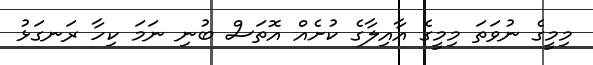
މިމީގެ ނުވަތަ މިމީގެ އާއިލާގެ ކުށެއް އޮތަސް ބުނި ނަމަ ކިހާ ރަނގަޅު